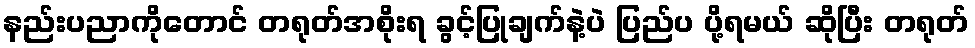
နည်းပညာကိုတောင် တရုတ်အစိုးရ ခွင့်ပြုချက်နဲ့ပဲ ပြည်ပ ပို့ရမယ် ဆိုပြီး တရုတ်